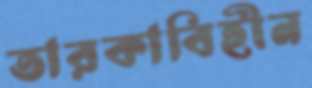
তারকাবিহীন